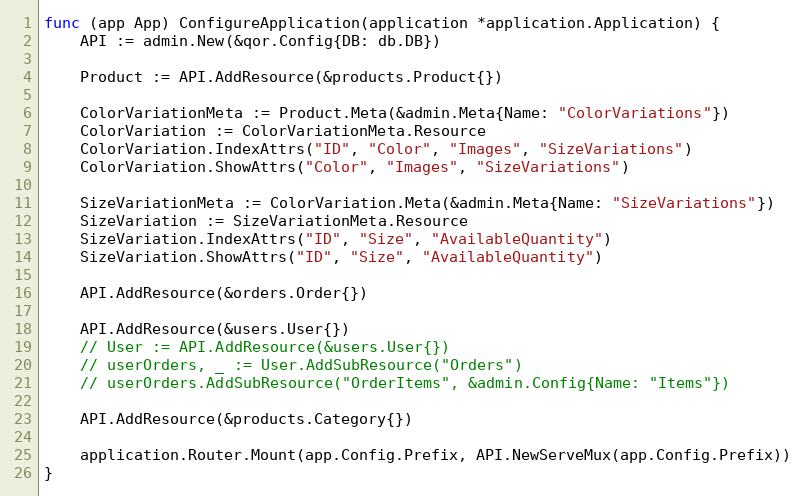
Language: Go
func (app App) ConfigureApplication(application *application.Application) {
	API := admin.New(&qor.Config{DB: db.DB})

	Product := API.AddResource(&products.Product{})

	ColorVariationMeta := Product.Meta(&admin.Meta{Name: "ColorVariations"})
	ColorVariation := ColorVariationMeta.Resource
	ColorVariation.IndexAttrs("ID", "Color", "Images", "SizeVariations")
	ColorVariation.ShowAttrs("Color", "Images", "SizeVariations")

	SizeVariationMeta := ColorVariation.Meta(&admin.Meta{Name: "SizeVariations"})
	SizeVariation := SizeVariationMeta.Resource
	SizeVariation.IndexAttrs("ID", "Size", "AvailableQuantity")
	SizeVariation.ShowAttrs("ID", "Size", "AvailableQuantity")

	API.AddResource(&orders.Order{})

	API.AddResource(&users.User{})
	// User := API.AddResource(&users.User{})
	// userOrders, _ := User.AddSubResource("Orders")
	// userOrders.AddSubResource("OrderItems", &admin.Config{Name: "Items"})

	API.AddResource(&products.Category{})

	application.Router.Mount(app.Config.Prefix, API.NewServeMux(app.Config.Prefix))
}